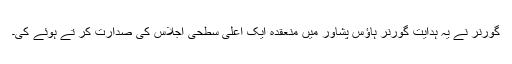
گورنر نے یہ ہدایت گورنر ہاؤس پشاور میں منعقدہ ایک اعلیٰ سطحی اجلاس کی صدارت کر تے ہوئے کی۔